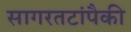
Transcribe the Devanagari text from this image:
सागरतटांपैकी